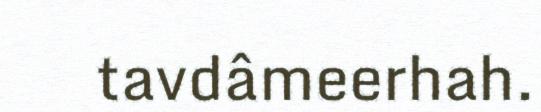
tavdâmeerhah.